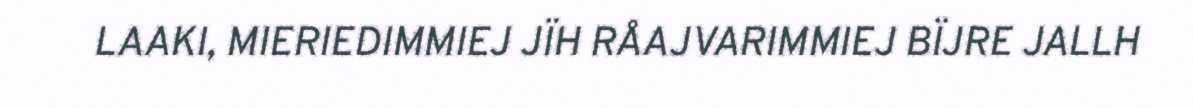
LAAKI, MIERIEDIMMIEJ JÏH RÅAJVARIMMIEJ BÏJRE JALLH